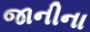
જાનીના